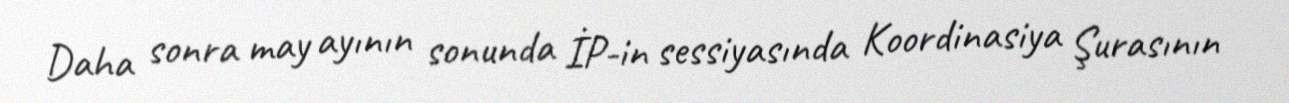
Daha sonra may ayının sonunda İP-in sessiyasında Koordinasiya Şurasının